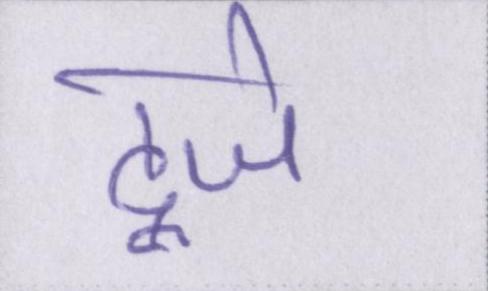
दूजे